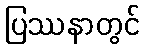
ပြဿနာတွင်